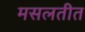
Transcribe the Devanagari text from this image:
मसलतीत